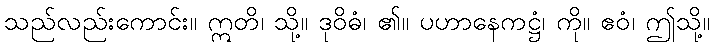
သည်လည်းကောင်း။ ဣတိ၊ သို့။ ဒုဝိဓံ၊ ၏။ ပဟာနေကဋ္ဌံ၊ ကို။ ဧဝံ၊ ဤသို့။